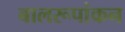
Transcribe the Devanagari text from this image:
बालरूपांकन